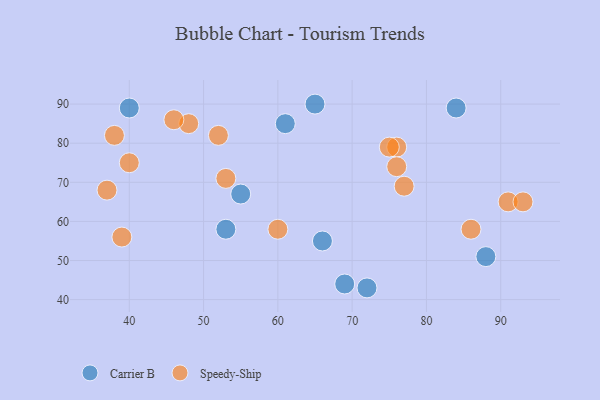
{"axis": {"x": "GDP", "y": "Life Expectancy"}, "legend": ["Carrier B", "Speedy-Ship"], "data": [{"x": "61", "y": 85, "type": "Carrier B"}, {"x": "65", "y": 90, "type": "Carrier B"}, {"x": "53", "y": 58, "type": "Carrier B"}, {"x": "66", "y": 55, "type": "Carrier B"}, {"x": "69", "y": 44, "type": "Carrier B"}, {"x": "72", "y": 43, "type": "Carrier B"}, {"x": "84", "y": 89, "type": "Carrier B"}, {"x": "40", "y": 89, "type": "Carrier B"}, {"x": "88", "y": 51, "type": "Carrier B"}, {"x": "55", "y": 67, "type": "Carrier B"}, {"x": "52", "y": 82, "type": "Speedy-Ship"}, {"x": "37", "y": 68, "type": "Speedy-Ship"}, {"x": "38", "y": 82, "type": "Speedy-Ship"}, {"x": "77", "y": 69, "type": "Speedy-Ship"}, {"x": "39", "y": 56, "type": "Speedy-Ship"}, {"x": "91", "y": 65, "type": "Speedy-Ship"}, {"x": "93", "y": 65, "type": "Speedy-Ship"}, {"x": "53", "y": 71, "type": "Speedy-Ship"}, {"x": "86", "y": 58, "type": "Speedy-Ship"}, {"x": "48", "y": 85, "type": "Speedy-Ship"}, {"x": "76", "y": 79, "type": "Speedy-Ship"}, {"x": "46", "y": 86, "type": "Speedy-Ship"}, {"x": "40", "y": 75, "type": "Speedy-Ship"}, {"x": "76", "y": 74, "type": "Speedy-Ship"}, {"x": "60", "y": 58, "type": "Speedy-Ship"}, {"x": "75", "y": 79, "type": "Speedy-Ship"}]}